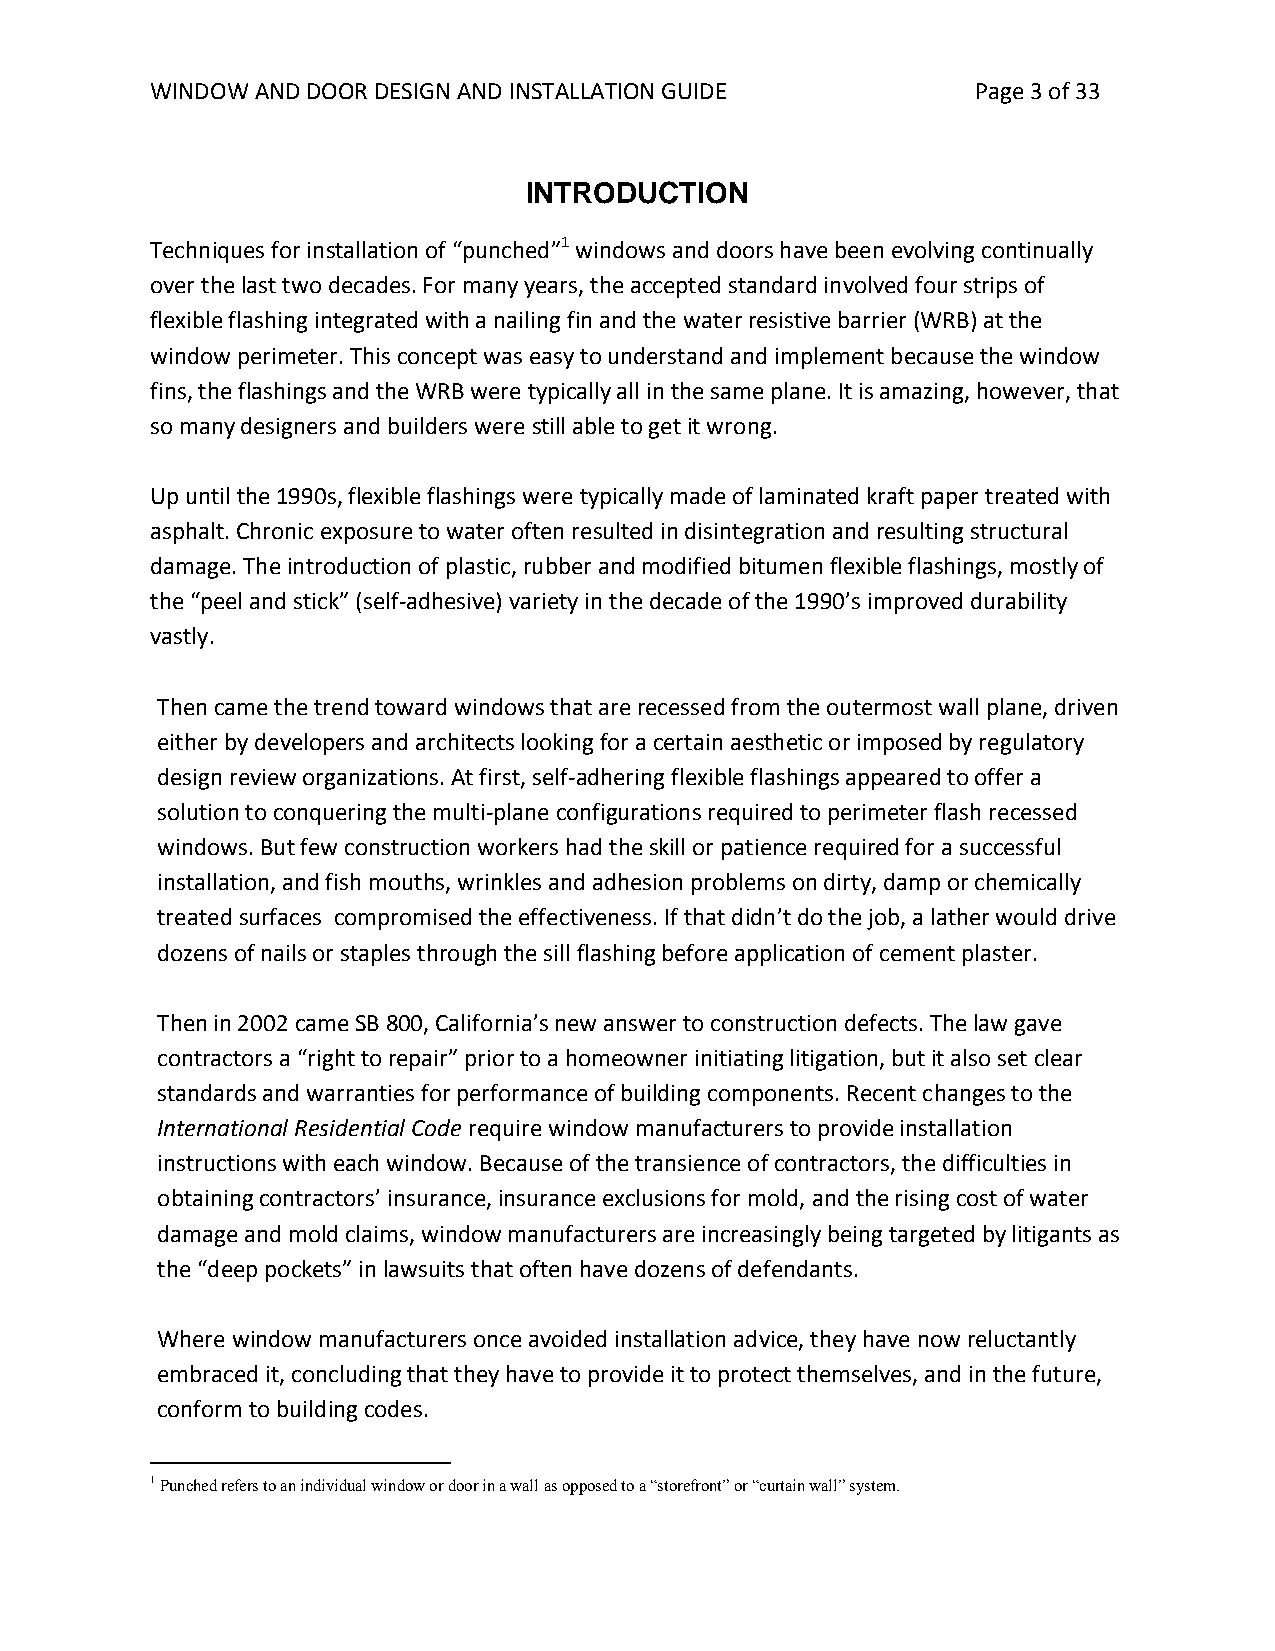
WINDOW AND DOOR DESIGN AND INSTALLATION GUIDE          Page 3 of 33
 INTRODUCTION
 Techniques for installation of “punched”1 windows and doors have been evolving continually
 over the last two decades. For many years, the accepted standard involved four strips of
 flexible flashing integrated with a nailing fin and the water resistive barrier (WRB) at the
 window perimeter. This concept was easy to understand and implement because the window
 fins, the flashings and the WRB were typically all in the same plane. It is amazing, however, that
 so many designers and builders were still able to get it wrong.
 Up until the 1990s, flexible flashings were typically made of laminated kraft paper treated with
 asphalt. Chronic exposure to water often resulted in disintegration and resulting structural
 damage. The introduction of plastic, rubber and modified bitumen flexible flashings, mostly of
 the “peel and stick” (self-adhesive) variety in the decade of the 1990’s improved durability
 vastly.
 Then came the trend toward windows that are recessed from the outermost wall plane, driven
 either by developers and architects looking for a certain aesthetic or imposed by regulatory
 design review organizations. At first, self-adhering flexible flashings appeared to offer a
 solution to conquering the multi-plane configurations required to perimeter flash recessed
 windows. But few construction workers had the skill or patience required for a successful
 installation, and fish mouths, wrinkles and adhesion problems on dirty, damp or chemically
 treated surfaces compromised the effectiveness. If that didn’t do the job, a lather would drive
 dozens of nails or staples through the sill flashing before application of cement plaster.
 Then in 2002 came SB 800, California’s new answer to construction defects. The law gave
 contractors a “right to repair” prior to a homeowner initiating litigation, but it also set clear
 standards and warranties for performance of building components. Recent changes to the
 International Residential Code require window manufacturers to provide installation
 instructions with each window. Because of the transience of contractors, the difficulties in
 obtaining contractors’ insurance, insurance exclusions for mold, and the rising cost of water
 damage and mold claims, window manufacturers are increasingly being targeted by litigants as
 the “deep pockets” in lawsuits that often have dozens of defendants.
 Where window manufacturers once avoided installation advice, they have now reluctantly
 embraced it, concluding that they have to provide it to protect themselves, and in the future,
 conform to building codes.
 1 Punched refers to an individual window or door in a wall as opposed to a “storefront” or “curtain wall” system.